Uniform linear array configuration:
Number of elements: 24
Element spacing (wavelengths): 0.25
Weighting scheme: kaiser
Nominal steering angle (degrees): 30
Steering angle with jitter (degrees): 31.93
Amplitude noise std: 0.05
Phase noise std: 0.05

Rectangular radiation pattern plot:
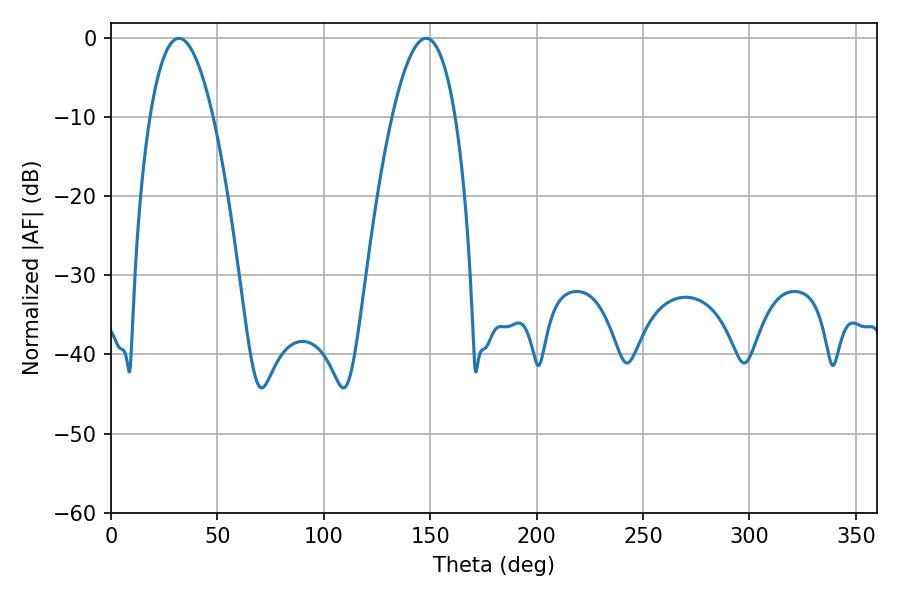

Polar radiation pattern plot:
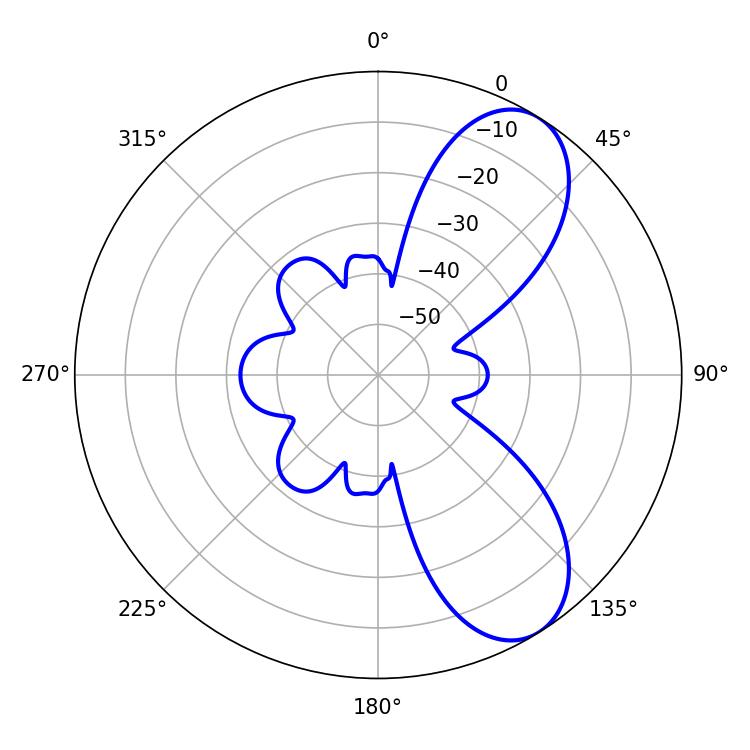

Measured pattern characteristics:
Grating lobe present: FALSE
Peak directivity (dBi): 7.866
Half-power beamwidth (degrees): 16.38
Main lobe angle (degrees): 31.86